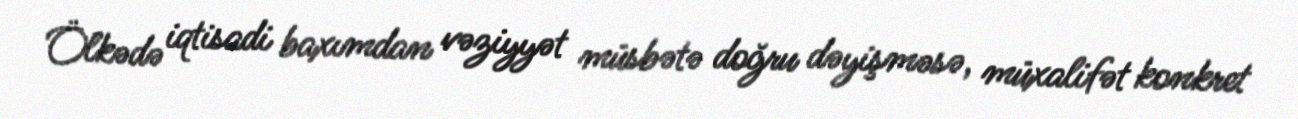
Ölkədə iqtisadi baxımdan vəziyyət müsbətə doğru dəyişməsə, müxalifət konkret